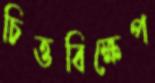
চিত্তবিক্ষেপ